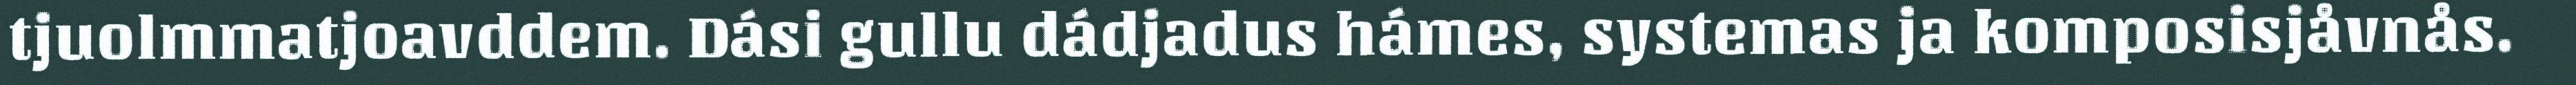
tjuolmmatjoavddem. Dási gullu dádjadus hámes, systemas ja komposisjåvnås.